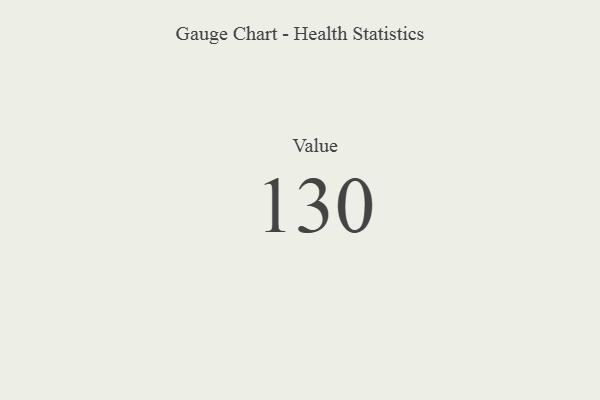
{"axis": {"x": "Metric", "y": "Value"}, "legend": [""], "data": [{"x": "Value", "y": 130, "type": ""}]}